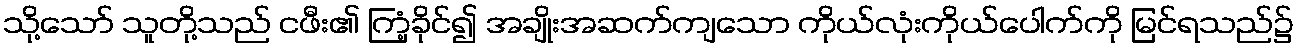
သို့သော် သူတို့သည် ငဖီး၏ ကြံ့ခိုင်၍ အချိုးအဆက်ကျသော ကိုယ်လုံးကိုယ်ပေါက်ကို မြင်ရသည်၌